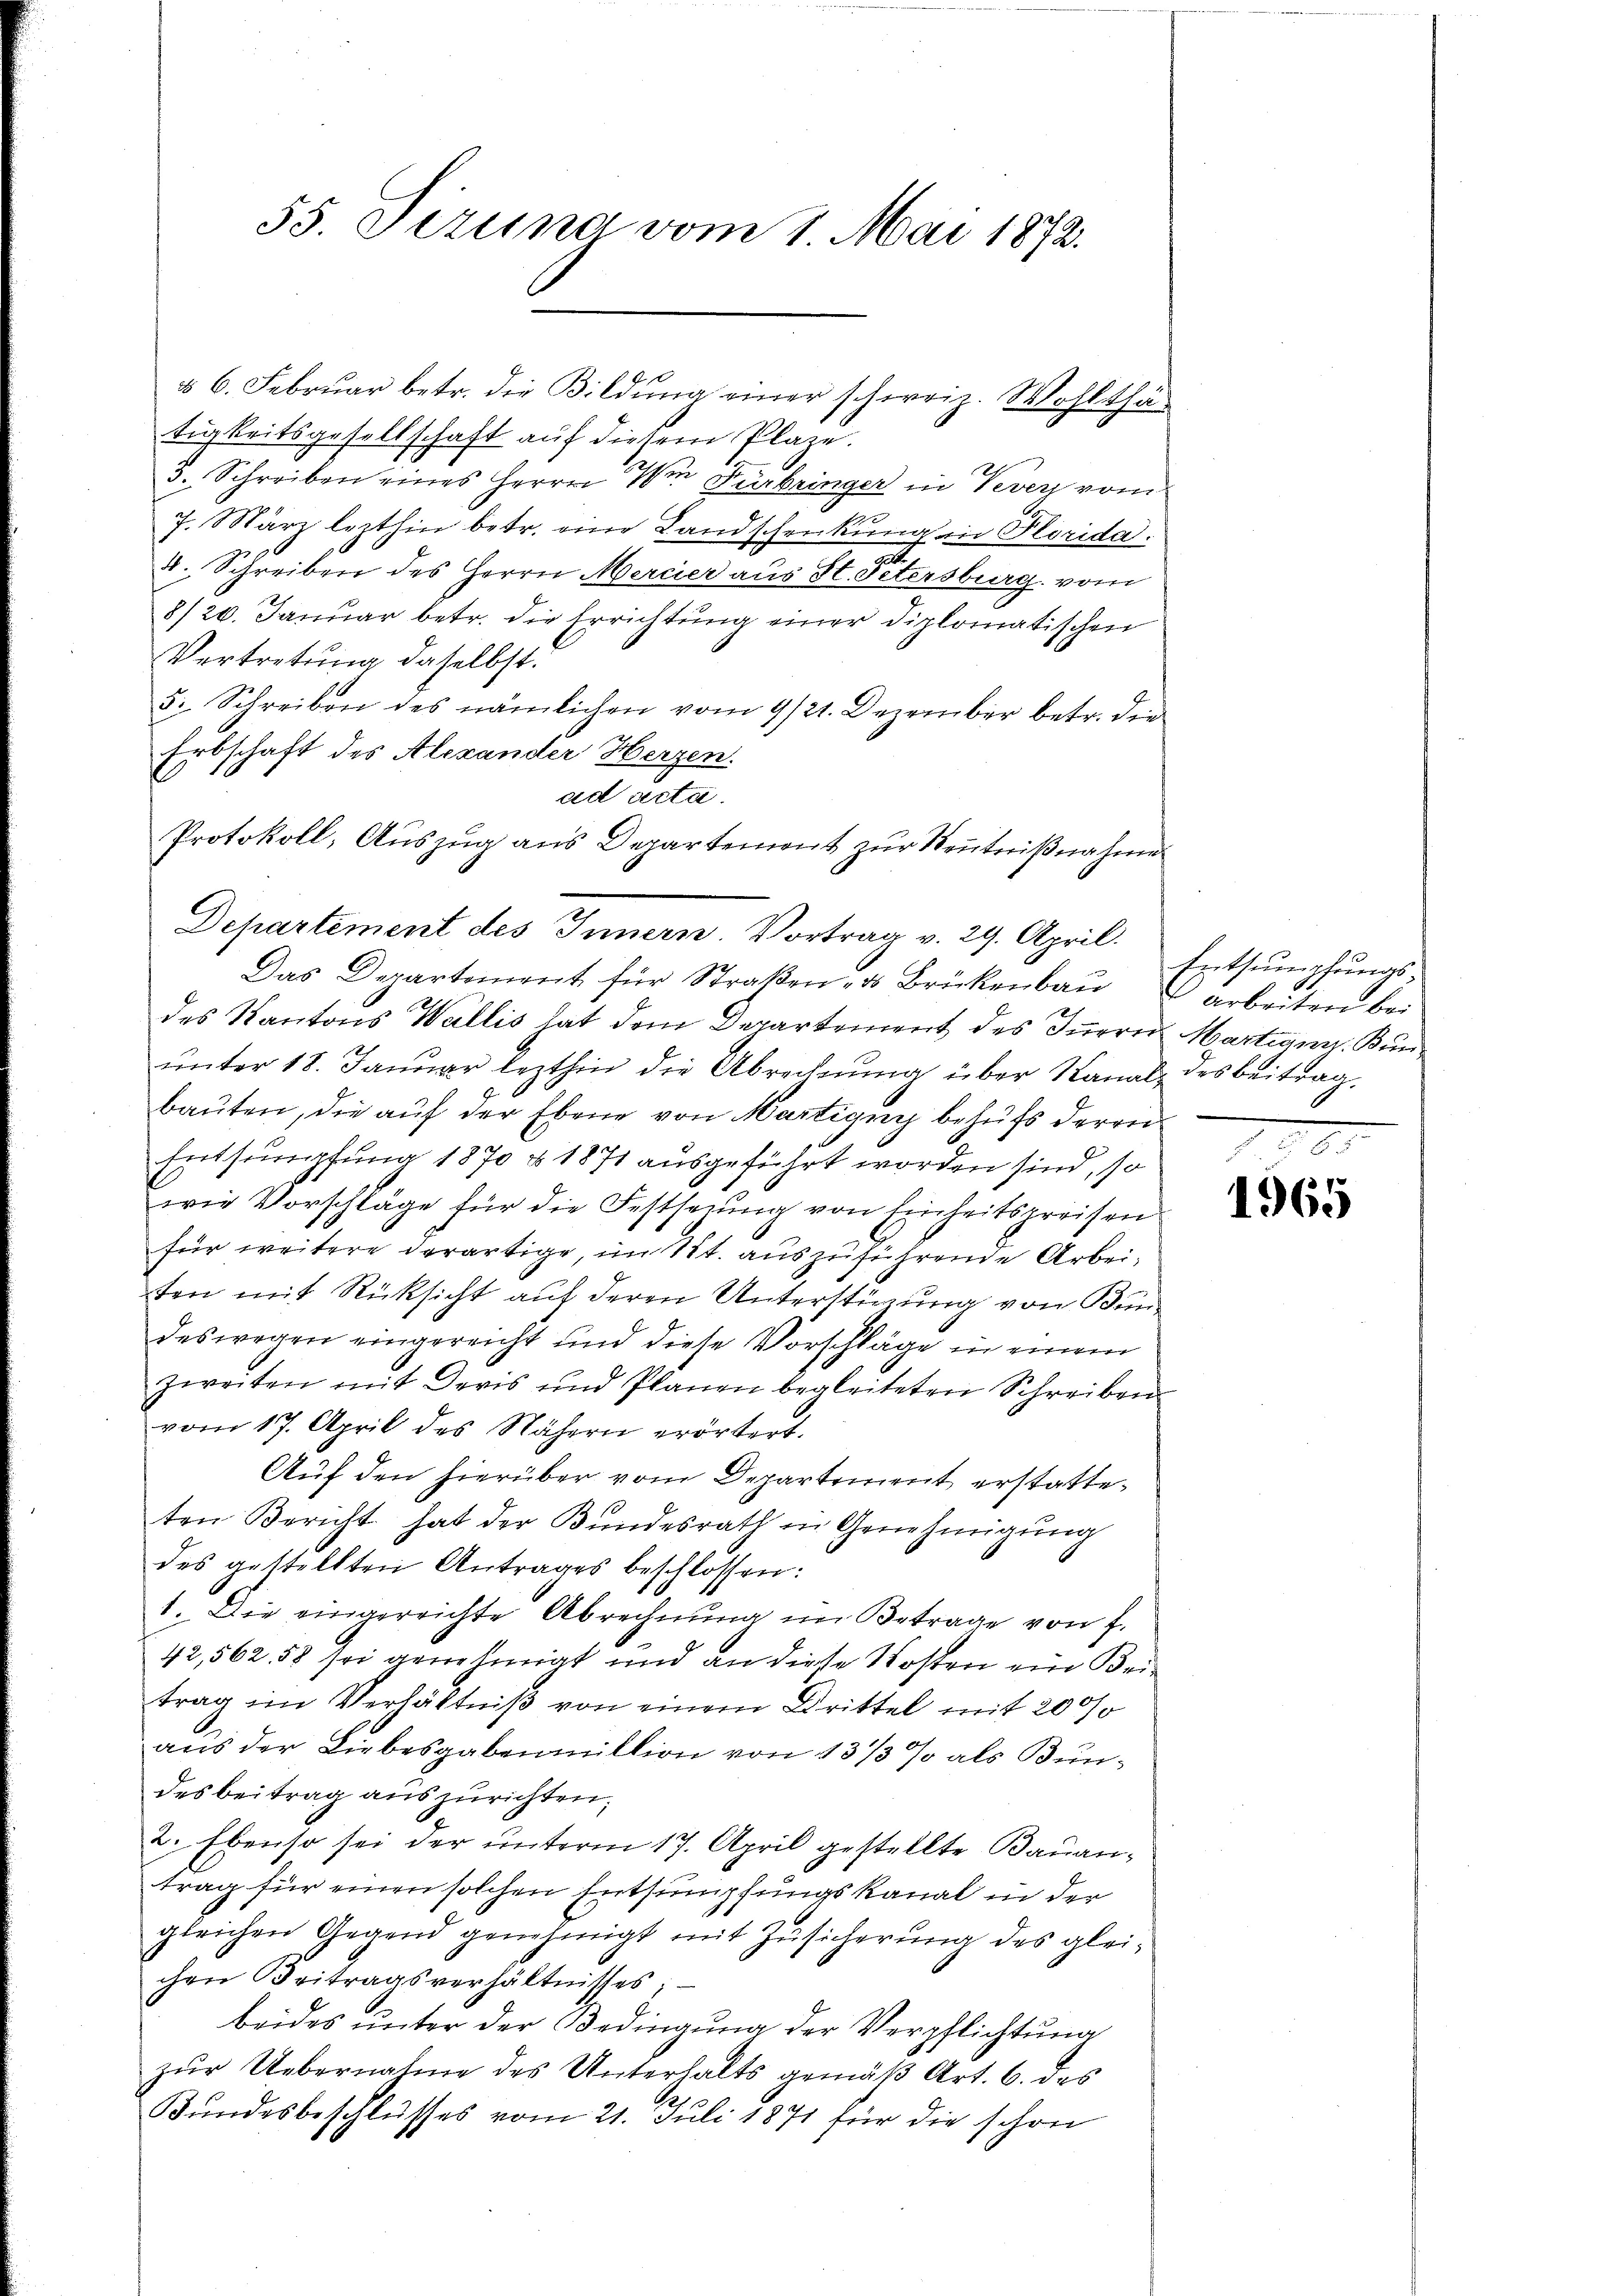
§ 6. Februar betr. die Bildung einer schweiz. Wohlthätigkeitsgesellschaft auf diesem Plaze.
3. Schreiben eines Herrn Wie Fürbringer in Vevey vom
7. März lezthin betr. eine Landschenkung in Florida.
n
4. Schreiben des Herrn Mercier aus H. Petersburg vom
8/20. Januar betr. die Errichtung einer diplomatischen
Vertretung daselbst.
5. Schreiben des nämlichen vom 9/21. Dezember betr. die
Erbschaft des Alexander Herzen.
ad acta.
Das Departement für Straßen- & Brückenbau
des Kantons Wallis hat dem Departement des Innern Martian Kunŭnter 18. Januar lezthin die Abrechnŭng über Kanal des beitrag.
bauten, die auf der Ebene von Martigny behufs deren
Entsumpfung 1870 & 1871 ausgeführt worden sind, so
wie Vorschläge für die Festserung von Einheitspreisen
für weitere derartige, im Tit. auszuführende Arbeiten mit Rücksicht auf deren Unterstimmung von Bundeswegen eingereicht und diese Vorschläge in einem
zweiten mit Devis und Planen begleiteten Schreiben
vom 17. April des Nähern erörtert.
Auf den hierüber vom Departement erstatteten Bericht hat der Kundesrath in Genehmigŭng
des gestellten Antrages beschlossen:
1. Die eingereichte Abrechnung im Betrage von f.
42,562. 58 sei genehmigt und an diese Kosten ein Beitrag im Verhältniß von einem Drittel mit 200/0
aus der Liebesgabenmillion von 13/3 % als Bundes beitrag auszurichten.
2. Ebenso sei der unterm 17. April gestellte Bauan-
trag für einen solchen Entsumpfungskanal in der
gleichen Gegend genehmigt mit Zŭsicherŭng des glei-
chen Beitragsverhältnisses;
beides ŭnter der Bedingung der Verpflichtung
zur Uebernahme des Unterhalts gemäß Art. 6. des
Bundesbeschlusses vom 21. Juli 1871 für die schon

55. Tizina vom 1. Mai 1872.

Protokoll, Auszug aus Departement zur Kenntnißnahme
Departement des Innern. Vortrag v. 29. April.

Entsumpfungsarbeiten bei

1965